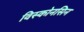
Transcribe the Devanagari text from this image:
विस्कोनसिन